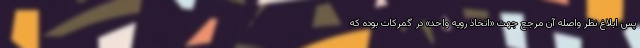
پس ابلاغ نظر واصله آن مرجع جهت «اتخاذ رویه واحد» در گمرکات بوده که